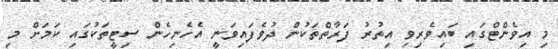
މި އިވެންޓްގައި ބައިވެރިވި އިތުރު ފަރާތްތަކުން ދުވެފައިވަނީ އެހެނިހެން ސިޓީތަކުގައި ކަމަށް މި